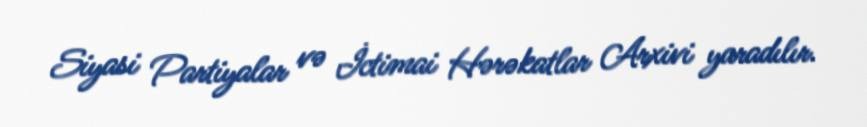
Siyasi Partiyalar və İctimai Hərəkatlar Arxivi yaradılır.